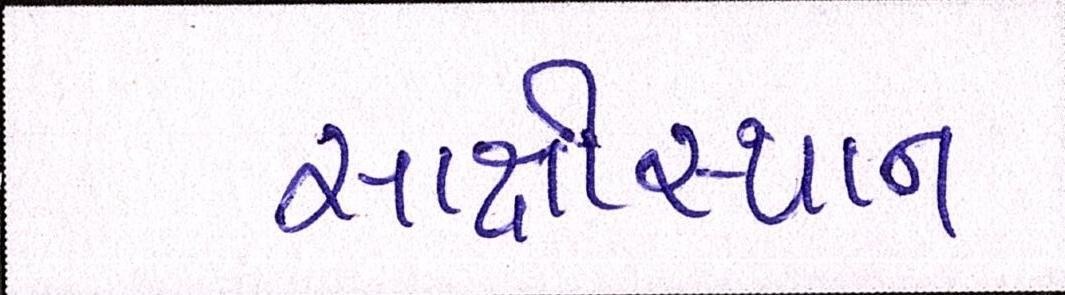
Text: સાક્ષીસ્થાન